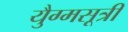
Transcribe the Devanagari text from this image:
युैग्मसूत्री